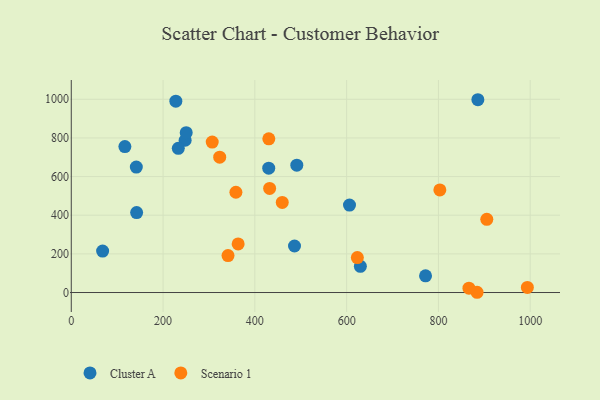
{"axis": {"x": "Study Hours", "y": "Salary"}, "legend": ["Cluster A", "Scenario 1"], "data": [{"x": "629.9", "y": 135.8, "type": "Cluster A"}, {"x": "141.7", "y": 649.0, "type": "Cluster A"}, {"x": "486.4", "y": 240.7, "type": "Cluster A"}, {"x": "142.4", "y": 413.5, "type": "Cluster A"}, {"x": "116.8", "y": 755.4, "type": "Cluster A"}, {"x": "227.8", "y": 990.3, "type": "Cluster A"}, {"x": "248.1", "y": 788.1, "type": "Cluster A"}, {"x": "885.9", "y": 997.7, "type": "Cluster A"}, {"x": "430.2", "y": 643.4, "type": "Cluster A"}, {"x": "491.4", "y": 659.2, "type": "Cluster A"}, {"x": "771.9", "y": 86.4, "type": "Cluster A"}, {"x": "233.2", "y": 746.3, "type": "Cluster A"}, {"x": "250.4", "y": 827.0, "type": "Cluster A"}, {"x": "68.3", "y": 214.3, "type": "Cluster A"}, {"x": "606.2", "y": 452.4, "type": "Cluster A"}, {"x": "323.4", "y": 700.6, "type": "Scenario 1"}, {"x": "307.1", "y": 778.3, "type": "Scenario 1"}, {"x": "358.7", "y": 518.8, "type": "Scenario 1"}, {"x": "993.8", "y": 26.3, "type": "Scenario 1"}, {"x": "459.7", "y": 466.1, "type": "Scenario 1"}, {"x": "341.5", "y": 191.2, "type": "Scenario 1"}, {"x": "905.4", "y": 378.9, "type": "Scenario 1"}, {"x": "803.1", "y": 530.7, "type": "Scenario 1"}, {"x": "623.3", "y": 180.9, "type": "Scenario 1"}, {"x": "432.2", "y": 538.9, "type": "Scenario 1"}, {"x": "884.2", "y": 1.3, "type": "Scenario 1"}, {"x": "866.5", "y": 22.4, "type": "Scenario 1"}, {"x": "430.4", "y": 795.6, "type": "Scenario 1"}, {"x": "363.6", "y": 251.3, "type": "Scenario 1"}]}